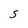
Character: s